Document type: Sale
Year: 1451
Scribe: [Unknown]
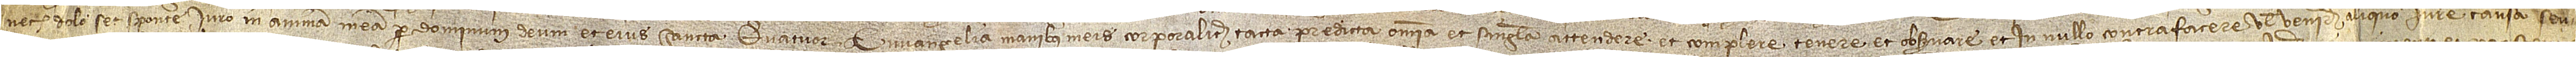
nech dolo, set sponte, iuro in animam per Dominum Deum et eius sancta quatuor Evvangelia, manibus meis corporaliter tacta, predicta omnia et singula attendere et complere, tenere et observare et in nullo contrafacere vel venire aliquo iure, causa seu